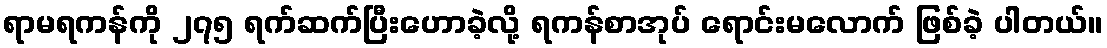
ရာမရကန်ကို ၂၇၅ ရက်ဆက်ပြီးဟောခဲ့လို့ ရကန်စာအုပ် ရောင်းမလောက် ဖြစ်ခဲ့ ပါတယ်။